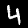
Label: 4